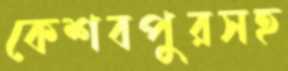
কেশবপুরসহ